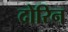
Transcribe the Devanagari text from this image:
दोरिन